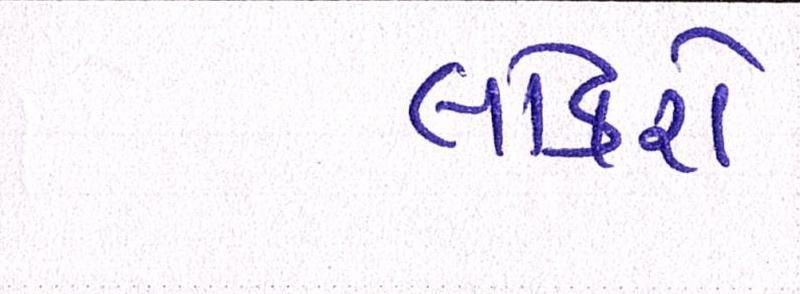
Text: લોકરો